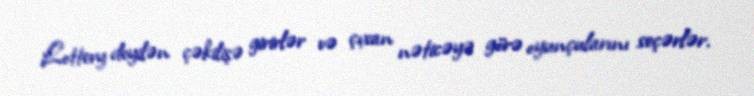
Lottery deyilən çəkilişə girirlər və çıxan nəticəyə görə oyunçularını seçərlər.